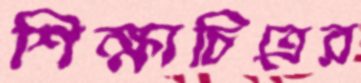
শিক্ষাচিত্রের